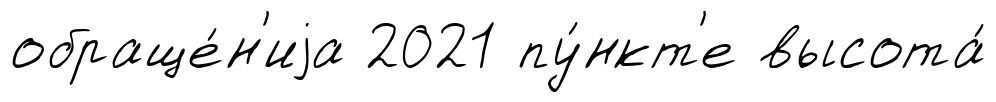
обраще́н'иjа 2021 пу́нкт'е высота́